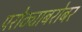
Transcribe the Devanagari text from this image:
परोठ्याबरोबर